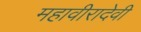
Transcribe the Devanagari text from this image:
महावीरादेवी